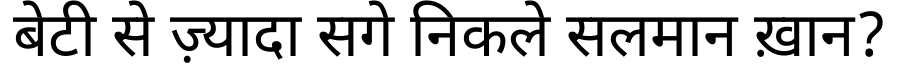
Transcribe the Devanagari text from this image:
बेटी से ज़्यादा सगे निकले सलमान ख़ान?